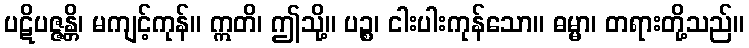
ပဋိပဇ္ဇန္တိ၊ မကျင့်ကုန်။ ဣတိ၊ ဤသို့။ ပဉ္စ၊ ငါးပါးကုန်သော။ ဓမ္မာ၊ တရားတို့သည်။